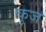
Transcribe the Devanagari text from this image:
कुज